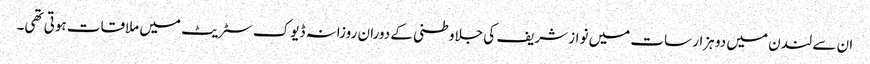
ان سے لندن میں دو ہزار سات میں نواز شریف کی جلاوطنی کے دوران روزانہ ڈیوک سٹریٹ میں ملاقات ہوتی تھی۔